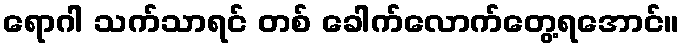
ရောဂါ သက်သာရင် တစ် ခေါက်လောက်တွေ့ရအောင်။